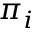
\pi _ { i }